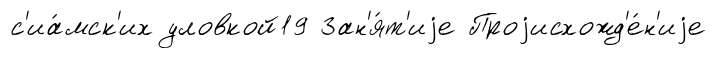
с'иа́мск'их уловкой19 Зан'я́т'иjе Проjисхожд'е́н'иjе